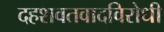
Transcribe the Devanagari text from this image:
दहशवतवादविरोधी